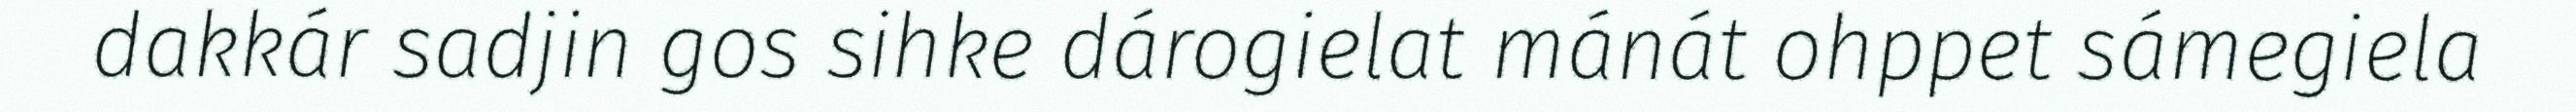
dakkár sadjin gos sihke dárogielat mánát ohppet sámegiela